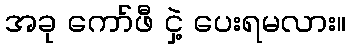
အခု ကော်ဖီ ငှဲ့ ပေးရမလား။